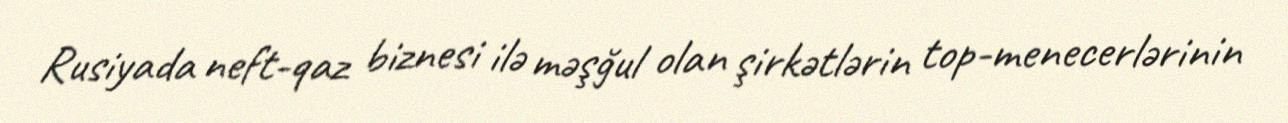
Rusiyada neft-qaz biznesi ilə məşğul olan şirkətlərin top-menecerlərinin